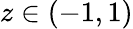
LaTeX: z\in(-1,1)